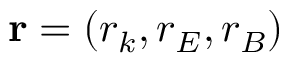
\mathbf { r } = ( r _ { k } , r _ { E } , r _ { B } )